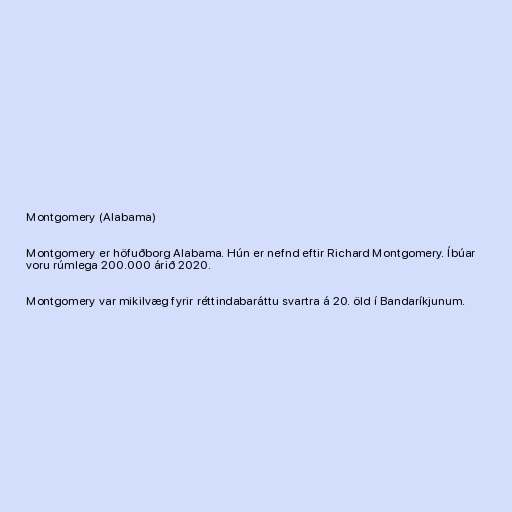
Montgomery (Alabama)

Montgomery er höfuðborg Alabama. Hún er nefnd eftir Richard Montgomery. Íbúar
voru rúmlega 200.000 árið 2020.

Montgomery var mikilvæg fyrir réttindabaráttu svartra á 20. öld í Bandaríkjunum.